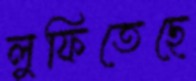
লুফিতেছে